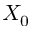
X _ { 0 }